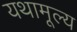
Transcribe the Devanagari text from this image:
यथामूल्य